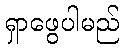
ရှာဖွေပါမည်